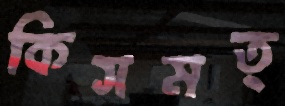
কিসমত্